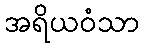
အရိယဝံသာ